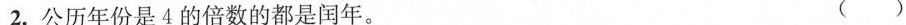
2. 公历年份是4的倍数的都是闰年。 ( )